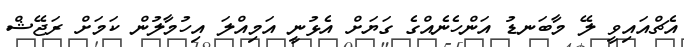
އެޗްއައިވީ ލޭ މާބަނޑު އަންހެނެއްގެ ގަޔަށް އެޅުނީ އަމިއްލަ އިހުމާލުން ކަމަށް ރަޖޭޝް